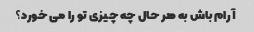
آرام باش به هر حال چه چیزی تو را می خورد؟